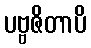
ပဗ္ဗဇိတာပိ